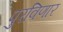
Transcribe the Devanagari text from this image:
पुरविणार